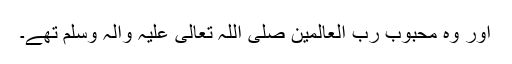
اور وہ محبوب رب العالمین صلی اللہ تعالیٰ علیہ واٰلہ وسلم تھے۔